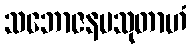
သဘောဇနပသုတာဟံ